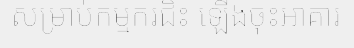
សម្រាប់កម្មករជិះ ឡើងចុះអាគារ